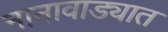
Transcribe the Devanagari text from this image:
नानावाड्यात